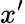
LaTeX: x^{\prime}